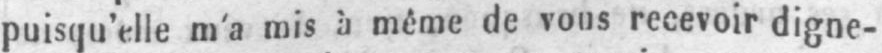
puisqu’elle m’a mis à même de vous recevoir digne-